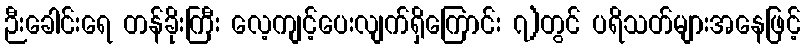
ဉီးခေါင်းရေ တန်ခိုးကြီး လေ့ကျင့်ပေးလျက်ရှိကြောင်း ၇)တွင် ပရိသတ်များအနေဖြင့်